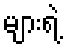
များရဲ့